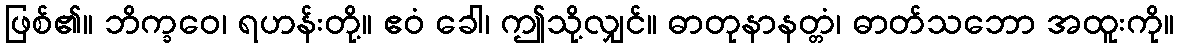
ဖြစ်၏။ ဘိက္ခဝေ၊ ရဟန်းတို့။ ဧဝံ ခေါ၊ ဤသို့လျှင်။ ဓာတုနာနတ္တံ၊ ဓာတ်သဘော အထူးကို။